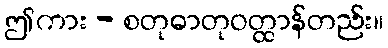
ဤကား - စတုဓာတုဝတ္ထာန်တည်း။